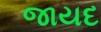
જાયદ